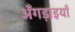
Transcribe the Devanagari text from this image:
अँगड़ाइयाँ